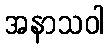
အနာသဝါ